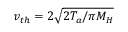
v _ { t h } = 2 \sqrt { 2 T _ { a } / \pi M _ { H } }